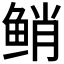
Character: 𱇯